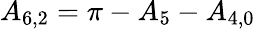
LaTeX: {A_{6,2}}=\pi-{A_{5}}-{A_{4,0}}